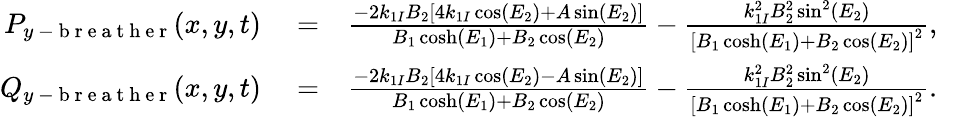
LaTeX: \begin{array}{rlr}{P_{y\mathrm{~-~b~r~e~a~t~h~e~r~}}(x,y,t)}&{{}=}&{\frac{-2k_{1I}B_{2}\left[4k_{1I}\cos(E_{2})+A\sin(E_{2})\right]}{B_{1}\cosh(E_{1})+B_{2}\cos(E_{2})}-\frac{k_{1I}^{2}B_{2}^{2}\sin^{2}(E_{2})}{\left[B_{1}\cosh(E_{1})+B_{2}\cos(E_{2})\right]^{2}},\quad}\\ {Q_{y\mathrm{~-~b~r~e~a~t~h~e~r~}}(x,y,t)}&{{}=}&{\frac{-2k_{1I}B_{2}\left[4k_{1I}\cos(E_{2})-A\sin(E_{2})\right]}{B_{1}\cosh(E_{1})+B_{2}\cos(E_{2})}-\frac{k_{1I}^{2}B_{2}^{2}\sin^{2}(E_{2})}{\left[B_{1}\cosh(E_{1})+B_{2}\cos(E_{2})\right]^{2}}.\quad}\end{array}